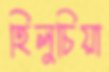
হিলুচিয়া